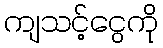
ကျသင့်ငွေကို